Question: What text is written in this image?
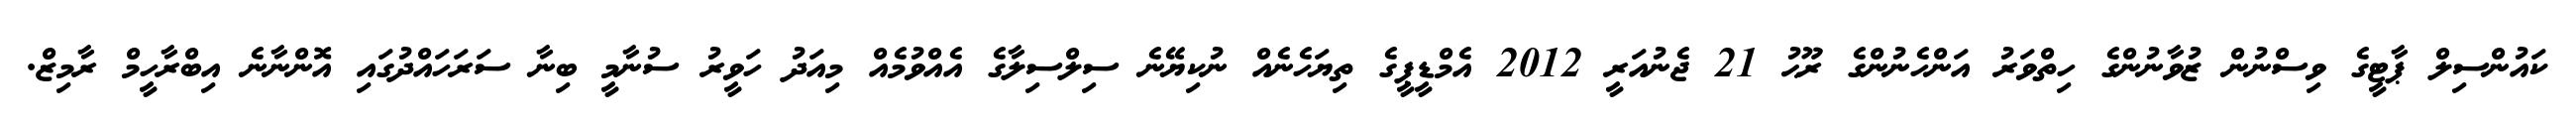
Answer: ކައުންސިލް ޕާޓީގެ ވިސްނުން ޒުވާނުންގެ ހިތްވަރު އަންހެނުންގެ ރޫޙު 21 ޖެނުއަރީ 2012 އެމްޑީޕީގެ ތިޔަހެނެއް ނުކިޔޭނެ ސިލްސިލާގެ އެއްވުމެއް މިއަދު ހަވީރު ސުނާމީ ބިނާ ސަރަހައްދުގައި އޮންނާނެ އިބްރާހީމް ރާމިޒް.